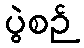
ပွဲစဉ်